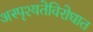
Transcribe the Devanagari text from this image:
अस्पृश्यतेविरोधात